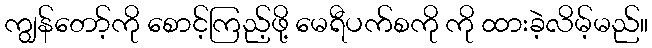
ကျွန်တော့်ကို စောင့်ကြည့်ဖို့ မေရီပက်စကို ကို ထားခဲ့လိမ့်မည်။